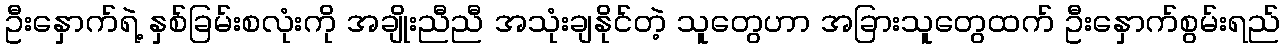
ဦးနှောက်ရဲ့ နှစ်ခြမ်းစလုံးကို အချိုးညီညီ အသုံးချနိုင်တဲ့ သူတွေဟာ အခြားသူတွေထက် ဦးနှောက်စွမ်းရည်